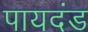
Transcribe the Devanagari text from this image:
पायदंड